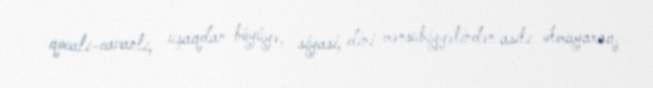
qocalı-cavanlı, uşaqdan-böyüyə, siyasi, dini mənsubiyyətindən asılı olmayaraq,